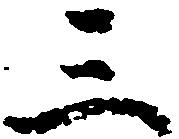
三